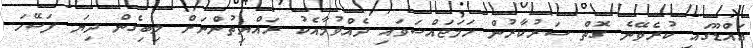
އައްޑޫގައި ކުރެވޭނެ ގޮތް ސަރުކާރުން ހަމަޖައްސަވައި ދެއްވުމާއެކު ރައްޔިތުންނަށް ލިބިގެން ދިޔަ ފަސޭހަ